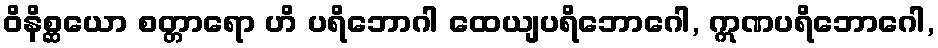
ဝိနိစ္ဆယော စတ္တာရော ဟိ ပရိဘောဂါ ထေယျပရိဘောဂေါ, ဣဏပရိဘောဂေါ,